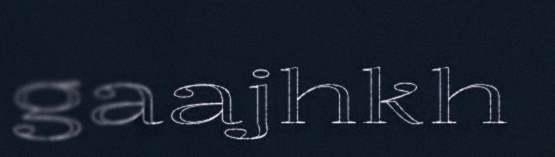
gaajhkh